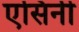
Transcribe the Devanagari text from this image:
एसिनी